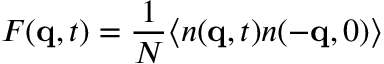
F ( \mathbf { q } , t ) = \frac { 1 } { N } \langle n ( \mathbf { q } , t ) n ( - \mathbf { q } , 0 ) \rangle